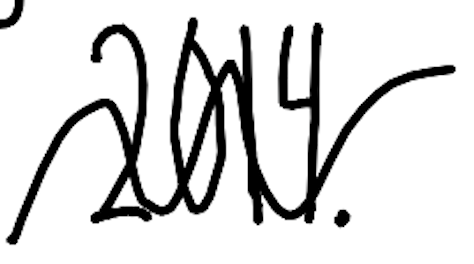
Text: 2014.
Cross-out: wave
Writing tool: digital_black